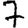
Digit: 7